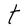
Character: t